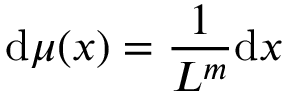
\mathrm { d } \mu ( x ) = \frac { 1 } { L ^ { m } } \mathrm { d } x